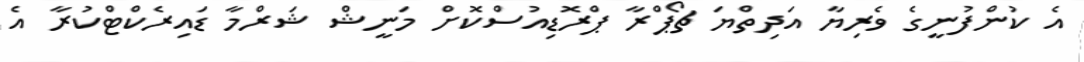
އެ ކުންފުނީގެ ވެރިޔާ އަދިތްޔަ ޗޯޕްރާ ޕްރޮޑިއުސްކޮށް މަނީޝް ޝަރްމާ ޑައިރެކްޓްކުރާ އެ